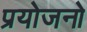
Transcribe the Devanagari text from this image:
प्रयोजनो